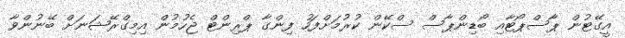
އީގޭޓުން ޕާސްޕޯޓާއި ބޯޑިންޕާސް ސްކޭން ކުރުމަށްފަހު ފިންގާ ޕްރިންޓް ޖެހުމުން އިމިގްރޭޝަނަށް ބޭނުންވާ